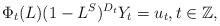
LaTeX: \begin{align*}\Phi _{t}(L)(1-L^{S})^{D_{t}}Y_{t}=u_{t},t\in \mathbb{Z}, \end{align*}